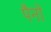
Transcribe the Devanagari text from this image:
पैनों